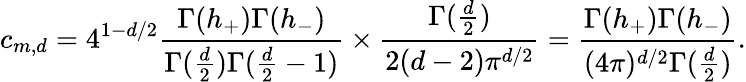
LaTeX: c_{m,d}=4^{1-d/2}\frac{\Gamma(h_{+})\Gamma(h_{-})}{\Gamma(\frac{d}{2})\Gamma(\frac{d}{2}-1)}\times\frac{\Gamma(\frac{d}{2})}{2(d-2)\pi^{d/2}}=\frac{\Gamma(h_{+})\Gamma(h_{-})}{(4\pi)^{d/2}\Gamma(\frac{d}{2})}.